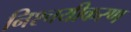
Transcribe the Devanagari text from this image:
निश्चयीकरण